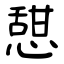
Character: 憇